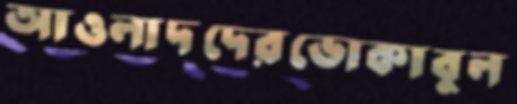
আওলাদদেরভোকাবুল